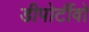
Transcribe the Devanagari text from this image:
डीपोर्टीवो